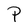
Character: P